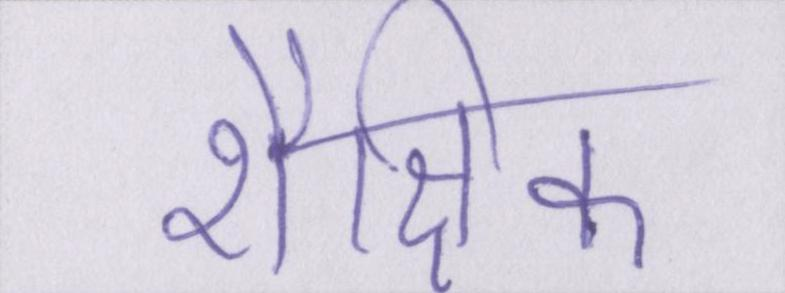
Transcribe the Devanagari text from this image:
शैक्षिक